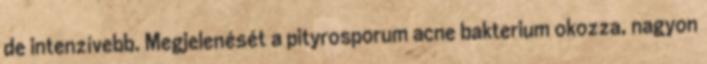
de intenzívebb. Megjelenését a pityrosporum acne bakterium okozza, nagyon